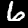
Digit: 6